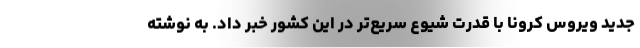
جدید ویروس کرونا با قدرت شیوع سریع‌تر در این کشور خبر داد. به نوشته